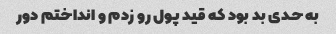
به حدی بد بود که قید پول رو زدم و انداختم دور